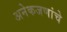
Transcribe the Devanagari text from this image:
अनेकजणांचे